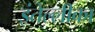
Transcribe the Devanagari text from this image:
इंतेल्लीका